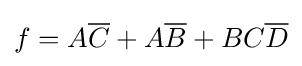
f=A{\overline {C}}+A{\overline {B}}+BC{\overline {D}}